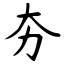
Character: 夯